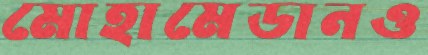
মোহামেডানও